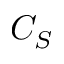
C _ { S }